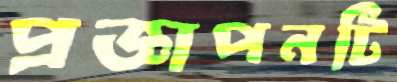
প্রজ্ঞাপনটি